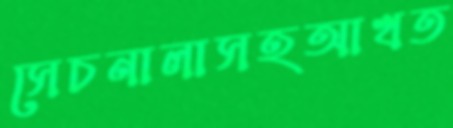
সেচনালাসহআখত